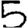
Digit: 5